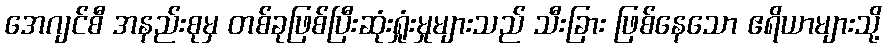
အေဂျင်စီ အနည်းစုမှ တစ်ခုဖြစ်ပြီးဆုံးရှုံးမှုများသည် သီးခြား ဖြစ်နေသော ဧရိယာများသို့